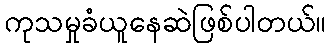
ကုသမှုခံယူနေဆဲဖြစ်ပါတယ်။